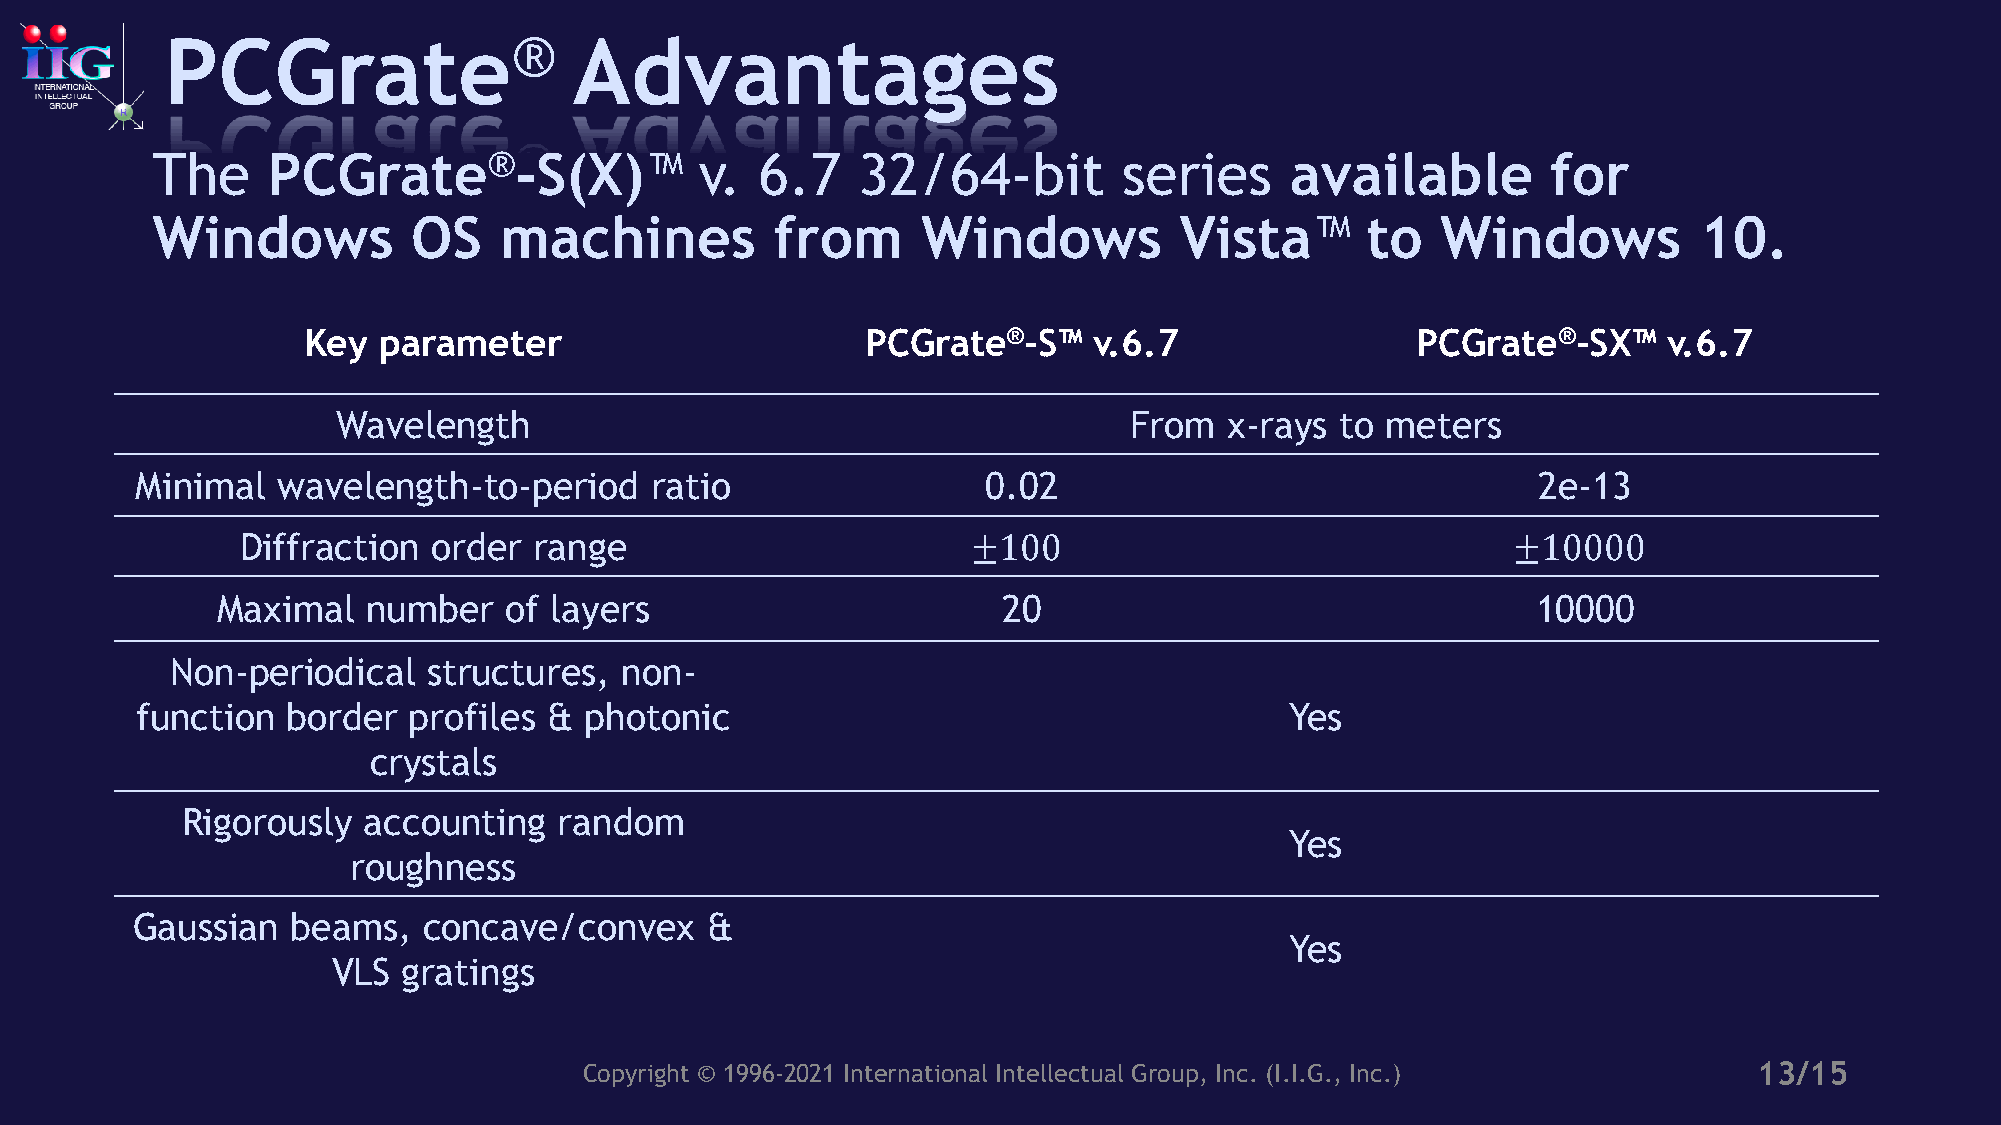
PCGrate®                   Advantages
 The     PCGrate®-S(X)™              v.  6.7    32/64-bit        series     available         for
 Windows          OS    machines          from      Windows          Vista™      to   Windows          10.
 Key  parameter                       PCGrate®-S™    v.6.7                 PCGrate®-SX™    v.6.7
 Wavelength                                           From  x-rays  to meters
 Minimal  wavelength-to-period     ratio                 0.02                                 2e-13
 Diffraction  order range                        ±100                                ±10000
 Maximal   number   of layers                        20                                  10000
 Non-periodical   structures,  non-
 function  border  profiles &  photonic                                      Yes
 crystals
 Rigorously  accounting   random
 Yes
 roughness
 Gaussian  beams,   concave/convex     &
 Yes
 VLS  gratings
 Copyright © 1996-2021 International Intellectual Group, Inc. (I.I.G., Inc.)  13/15